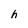
Character: h